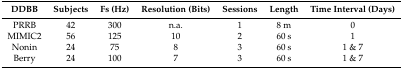
<table><thead><tr><td><b>DDBB</b></td><td><b>Subjects</b></td><td><b>Fs (Hz)</b></td><td><b>Resolution (Bits)</b></td><td><b>Sessions</b></td><td><b>Length</b></td><td><b>Time Interval (Days)</b></td></tr></thead><tbody><tr><td>PRRB</td><td>42</td><td>300</td><td>n.a.</td><td>1</td><td>8 m</td><td>0</td></tr><tr><td>MIMIC2</td><td>56</td><td>125</td><td>10</td><td>2</td><td>60 s</td><td>1</td></tr><tr><td>Nonin</td><td>24</td><td>75</td><td>8</td><td>3</td><td>60 s</td><td>1 &amp; 7</td></tr><tr><td>Berry</td><td>24</td><td>100</td><td>7</td><td>3</td><td>60 s</td><td>1 &amp; 7</td></tr></tbody></table>